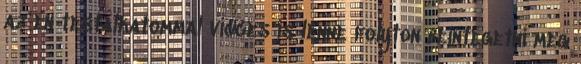
az én testalkatommal vicces is lenne folyton beintegetni meg